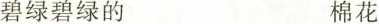
碧绿碧绿的 棉花